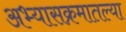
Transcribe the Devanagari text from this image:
अभ्यासक्रमातल्या